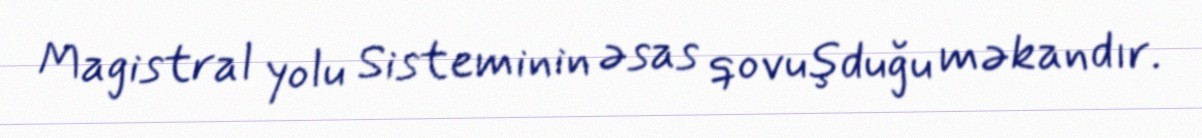
Magistral yolu Sisteminin əsas qovuşduğu məkandır.